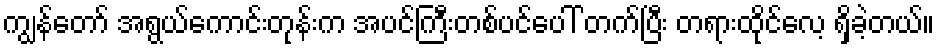
ကျွန်တော် အရွယ်ကောင်းတုန်းက အပင်ကြီးတစ်ပင်ပေါ် တက်ပြီး တရားထိုင်လေ့ ရှိခဲ့တယ်။